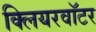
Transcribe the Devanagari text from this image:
क्लियरवॉटर